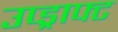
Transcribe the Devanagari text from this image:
उप्ड्राफ्ट